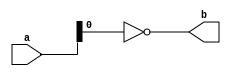

module even_uneven(
	input [7:0] a,
	output b
);
	assign b = ~a[0];
endmodule